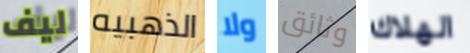
ليف الذهبيه ولا وثائق الهلاك